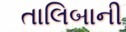
તાલિબાની